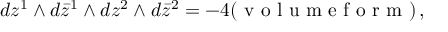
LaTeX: d z ^ { 1 } \wedge d \bar { z } ^ { 1 } \wedge d z ^ { 2 } \wedge d \bar { z } ^ { 2 } = - 4 ( \textrm { v o l u m e f o r m } ) \, ,